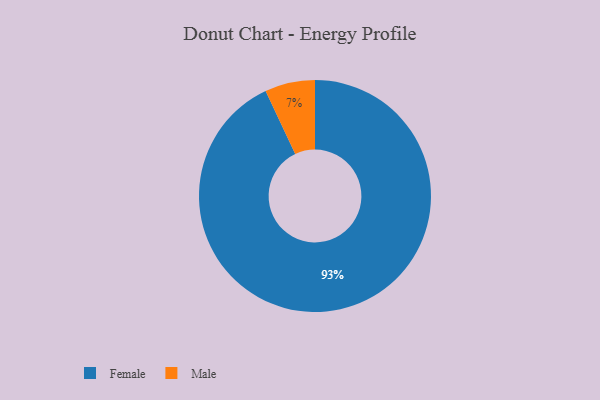
{"axis": {"x": "Category", "y": "Percentage"}, "legend": ["Female", "Male"], "data": [{"x": "Male", "y": 7, "type": "Male"}, {"x": "Female", "y": 93, "type": "Female"}]}